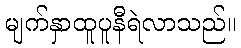
မျက်နှာထူပူနီရဲလာသည်။